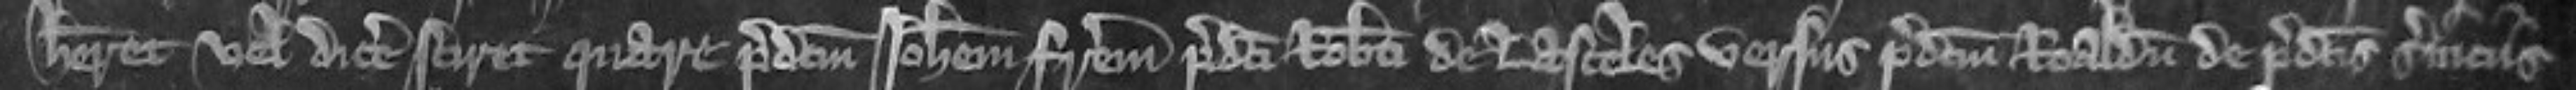
haberet vel dicere sciret quare predictum Johannem fratrem predicti Roberti de Lasceles versus predictum Ronaldum de predictis serviciis